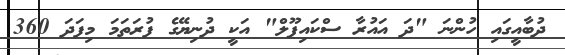
ދުބާއީގައި ހުންނަ "ދަ އައުރާ ސްކައިޕޫލް" އަކީ ދުނިޔޭގެ ފުރަތަމަ މިފަދަ 360